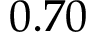
0 . 7 0